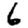
Digit: 6